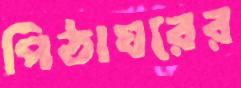
পিঠাঘরের